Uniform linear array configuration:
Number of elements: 4
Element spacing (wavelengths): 0.5
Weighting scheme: kaiser
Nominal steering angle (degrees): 30
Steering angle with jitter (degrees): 28.193
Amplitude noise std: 0.05
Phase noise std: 0.05

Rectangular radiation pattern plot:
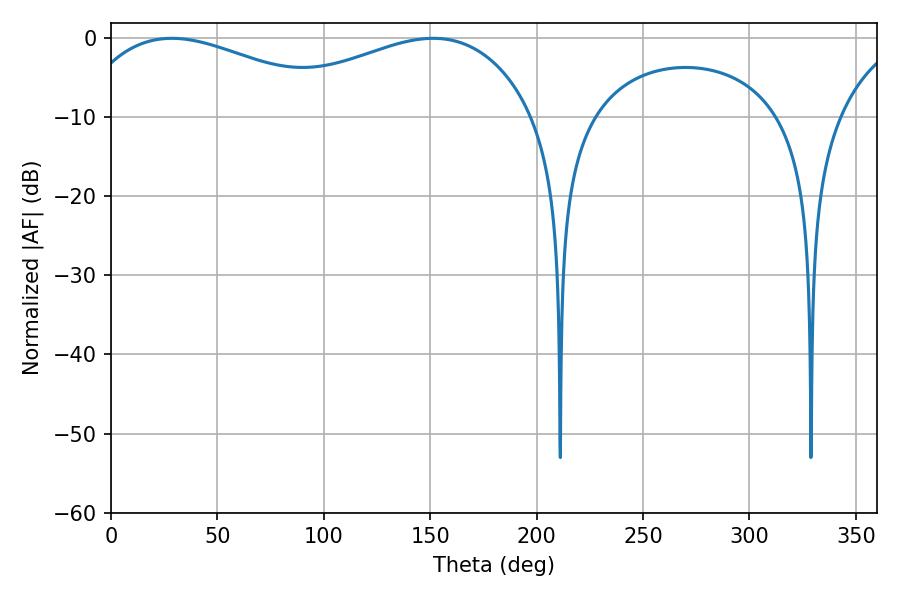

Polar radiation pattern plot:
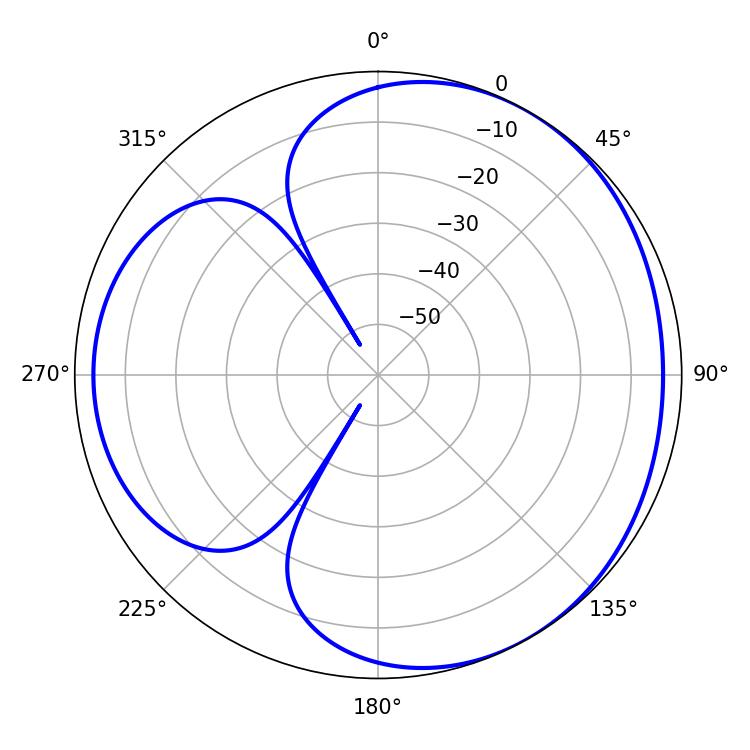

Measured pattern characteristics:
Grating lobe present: FALSE
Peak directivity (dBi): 3.537
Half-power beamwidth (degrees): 71.82
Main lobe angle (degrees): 28.62